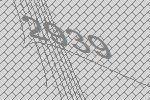
2939